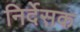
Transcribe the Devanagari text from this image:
निर्देसक